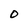
Character: O